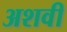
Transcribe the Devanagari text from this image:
अशवी